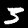
Label: 3